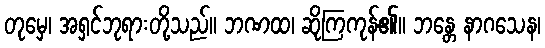
တုမှေ၊ အရှင်ဘုရားတို့သည်။ ဘဏထ၊ ဆိုကြကုန်၏။ ဘန္တေ နာဂသေန၊